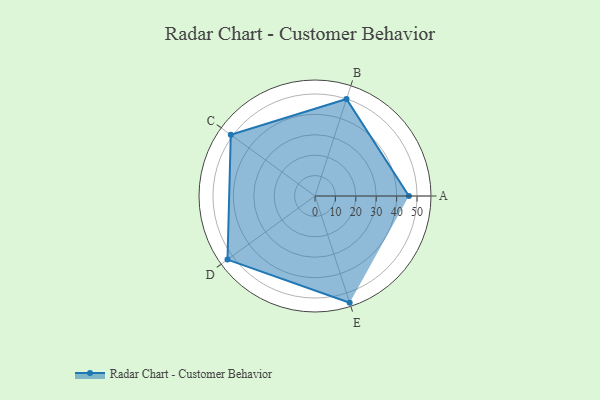
{"axis": {"x": "Skill", "y": "Score"}, "legend": ["Profile"], "data": [{"x": "A", "y": 46.0, "type": "Profile"}, {"x": "B", "y": 50.0, "type": "Profile"}, {"x": "C", "y": 51.0, "type": "Profile"}, {"x": "D", "y": 53.0, "type": "Profile"}, {"x": "E", "y": 55.0, "type": "Profile"}]}